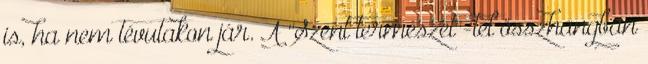
is, ha nem tévutakon jár. A ''Szent természet''-tel összhangban